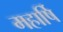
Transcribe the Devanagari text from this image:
महार्षि